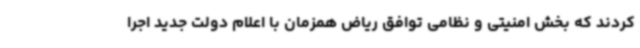
کردند که بخش امنیتی و نظامی توافق ریاض همزمان با اعلام دولت جدید اجرا